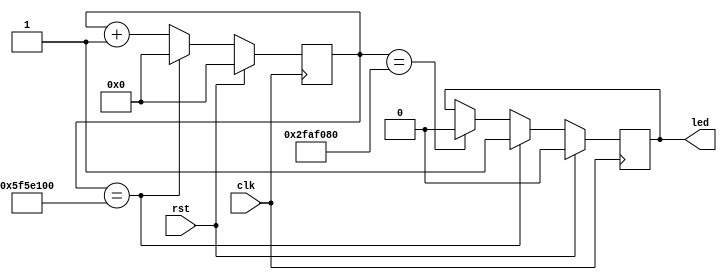
module clkDivider (clk, rst, led);
 /* loop on positive edge of clock
 rst sets period back to 32 bit decimal value 0
 otherwise it will go back to 0 when it reaches 100000000, which is slowing the 100 Mhz clock in the board to 1 Hz (100*10^6=100000000)
 the more accurate number is 99999999 since we start at 0, so we want to reset at all 9s, but the accuracy at that point is negligible
 increments by 1 when not restting
 we also toggle the led on and off with a 1 bit led value, where 0 is off and 1 is on
 it toggles on at the full length of the period, and off at half the period.
 we want it to flash within a second, hence 100mil and 50mil vs (on for a second, off for another) 200mil and 100mil)
 */
    input clk, rst;
    output reg led;
 
    reg [31:0] period;
 
    always @ (posedge clk) begin
        if (rst)
            period = 32'd0;
        else if (period == 32'd100000000)
            period = 32'd0;
        else
            period = period + 32'd1;
    end
 
    always @ (posedge clk) begin
        if (rst)
            led = 1'b0;
        else if (period == 32'd100000000)
            led = 1'b1;
        else if (period == 32'd50000000)
            led = 1'b0;
    end
 
endmodule